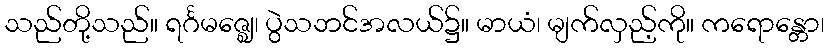
သည်တို့သည်။ ရင်္ဂမဇ္ဈေ၊ ပွဲသဘင်အလယ်၌။ မာယံ၊ မျက်လှည့်ကို။ ကရောန္တော၊